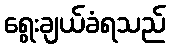
ရွေးချယ်ခံရသည်